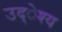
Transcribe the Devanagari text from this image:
उद्ेश्य